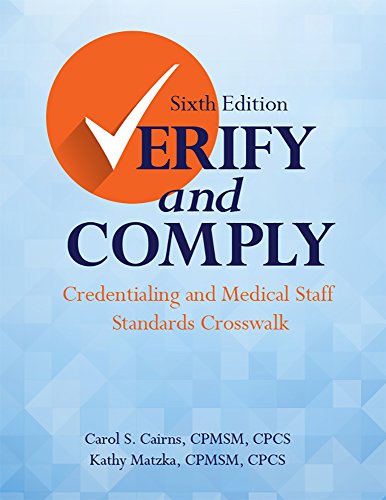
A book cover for Verify and Comply, Sixth Edition: Credentialing and Medical Staff Standards Crosswalk; HCPro; Medical Books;